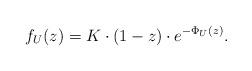
LaTeX: \begin{align*} f_U(z) = K \cdot (1-z) \cdot e^{-\Phi_U(z)}. \end{align*}